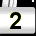
Digit: 2